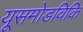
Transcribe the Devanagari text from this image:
यूसमोडविकि